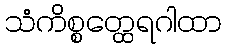
သံကိစ္စတ္ထေရဂါထာ